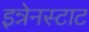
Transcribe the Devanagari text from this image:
इन्नेनस्टाट